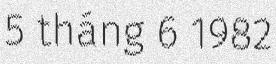
5 tháng 6 1982